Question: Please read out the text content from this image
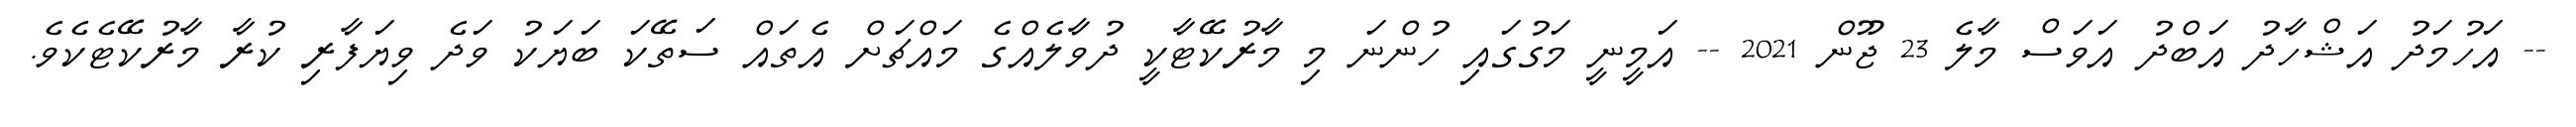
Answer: -- އަހުމަދު އަޝްހާދު އަބްދު އަވަސް މާލެ 23 ޖޫން 2021 -- އަމީނީ މަގުގައި ހުންނަ މި މާރުކޭޓާކީ ދުވާލެއްގެ މައްޗަށް އެތައް ސަތޭކަ ބަޔަކު ވަދެ ވިޔަފާރި ކުރާ މާރުކޭޓެކެވެ.